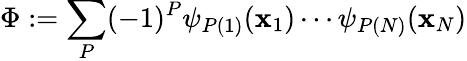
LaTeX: \Phi:=\sum_{P}(-1)^{P}\psi_{P(1)}(\mathbf{x}_{1})\cdots\psi_{P(N)}(\mathbf{x}_{N})